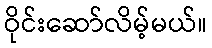
ဝိုင်းဆော်လိမ့်မယ်။